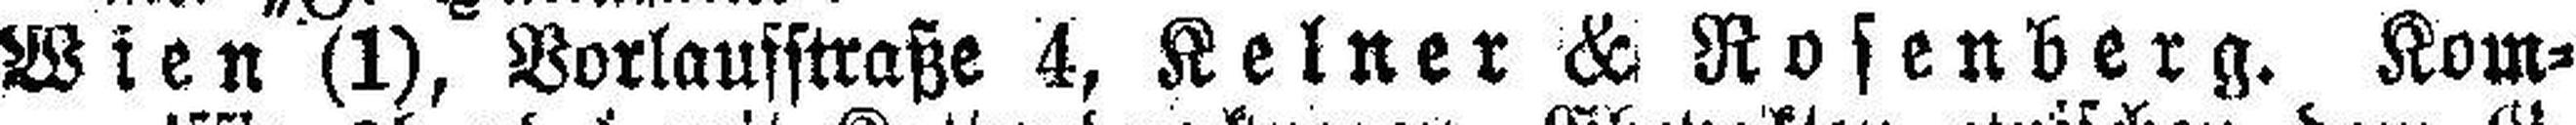
Wien (1), Vorlausstraße 4, Keiner & Rosenverg. Kom¬